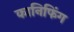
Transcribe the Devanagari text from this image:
कानिफिंग